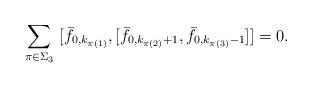
LaTeX: \begin{align*} \sum_{\pi\in \Sigma_3}\ [\bar{f}_{0,k_{\pi(1)}}, [\bar{f}_{0,k_{\pi(2)}+1}, \bar{f}_{0,k_{\pi(3)}-1}]]=0.\end{align*}